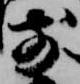
前